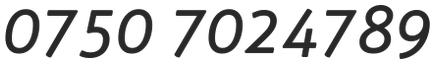
0750 7024789